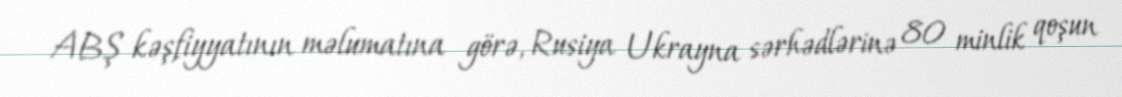
ABŞ kəşfiyyatının məlumatına görə, Rusiya Ukrayna sərhədlərinə 80 minlik qoşun